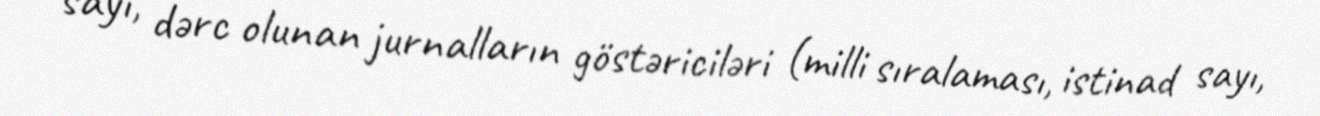
sayı, dərc olunan jurnalların göstəriciləri (milli sıralaması, istinad sayı,